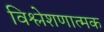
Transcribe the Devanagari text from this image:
विश्लेशणात्मक